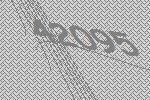
42095